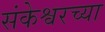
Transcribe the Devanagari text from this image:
संकेश्वरच्या